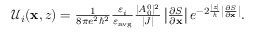
\begin{array} { r } { \mathcal { U } _ { i } ( \mathbf { x } , z ) = \frac { 1 } { 8 \pi e ^ { 2 } \hbar ^ { 2 } } \frac { \varepsilon _ { i } } { \varepsilon _ { \mathrm { a v g } } } \frac { | A _ { 0 } ^ { 0 } | ^ { 2 } } { | J | } \left| \frac { \partial S } { \partial \mathbf { x } } \right| e ^ { - 2 \frac { | z | } { \hbar } \left| \frac { \partial S } { \partial \mathbf { x } } \right| } . } \end{array}